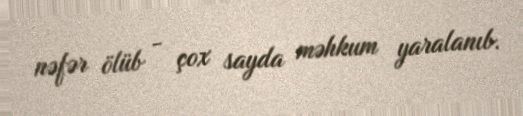
nəfər ölüb - çox sayda məhkum yaralanıb.